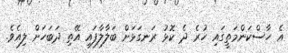
އެ ހާސްކަންމަތީގައި ހުރެ ދެ ކޮޅު ރަނގަޅަށް ބަލާލާފައި އޭތި ދަބަހަށް ލިއެވެ.